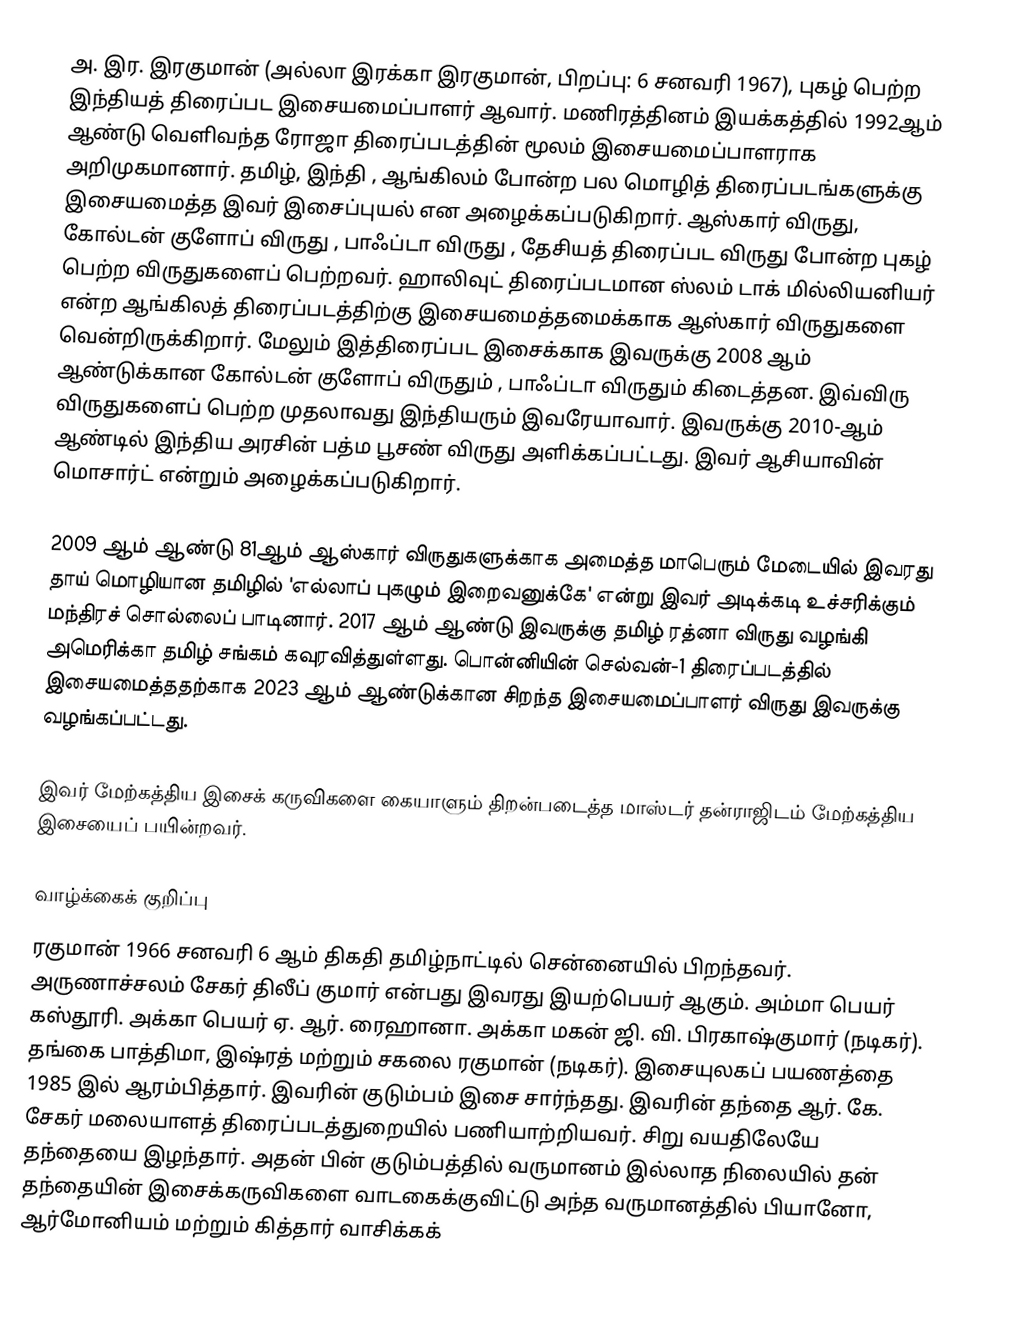
அ. இர. இரகுமான் (அல்லா இரக்கா இரகுமான், பிறப்பு: 6 சனவரி 1967), புகழ் பெற்ற இந்தியத் திரைப்பட இசையமைப்பாளர் ஆவார். மணிரத்தினம் இயக்கத்தில் 1992ஆம் ஆண்டு வெளிவந்த ரோஜா திரைப்படத்தின் மூலம் இசையமைப்பாளராக அறிமுகமானார்.  தமிழ், இந்தி , ஆங்கிலம் போன்ற பல மொழித் திரைப்படங்களுக்கு இசையமைத்த இவர் இசைப்புயல் என அழைக்கப்படுகிறார். ஆஸ்கார் விருது, கோல்டன் குளோப் விருது , பாஃப்டா விருது , தேசியத் திரைப்பட விருது போன்ற புகழ் பெற்ற விருதுகளைப் பெற்றவர். ஹாலிவுட் திரைப்படமான ஸ்லம் டாக் மில்லியனியர் என்ற ஆங்கிலத் திரைப்படத்திற்கு இசையமைத்தமைக்காக ஆஸ்கார் விருதுகளை வென்றிருக்கிறார். மேலும் இத்திரைப்பட இசைக்காக இவருக்கு 2008 ஆம் ஆண்டுக்கான கோல்டன் குளோப் விருதும் , பாஃப்டா விருதும்  கிடைத்தன. இவ்விரு விருதுகளைப் பெற்ற முதலாவது இந்தியரும் இவரேயாவார். இவருக்கு 2010-ஆம் ஆண்டில் இந்திய அரசின் பத்ம பூசண் விருது அளிக்கப்பட்டது. இவர் ஆசியாவின் மொசார்ட் என்றும் அழைக்கப்படுகிறார்.

2009 ஆம் ஆண்டு 81ஆம் ஆஸ்கார் விருதுகளுக்காக அமைத்த மாபெரும் மேடையில் இவரது தாய் மொழியான தமிழில் 'எல்லாப் புகழும் இறைவனுக்கே' என்று இவர் அடிக்கடி உச்சரிக்கும் மந்திரச் சொல்லைப் பாடினார். 2017 ஆம் ஆண்டு இவருக்கு தமிழ் ரத்னா விருது வழங்கி அமெரிக்கா தமிழ் சங்கம் கவுரவித்துள்ளது. பொன்னியின் செல்வன்-1 திரைப்படத்தில் இசையமைத்ததற்காக 2023 ஆம் ஆண்டுக்கான சிறந்த இசையமைப்பாளர் விருது இவருக்கு வழங்கப்பட்டது.

இவர் மேற்கத்திய இசைக் கருவிகளை கையாளும் திறன்படைத்த மாஸ்டர் தன்ராஜிடம் மேற்கத்திய இசையைப் பயின்றவர்.

வாழ்க்கைக் குறிப்பு
ரகுமான் 1966 சனவரி 6 ஆம் திகதி தமிழ்நாட்டில் சென்னையில் பிறந்தவர். அருணாச்சலம் சேகர் திலீப் குமார் என்பது இவரது இயற்பெயர் ஆகும். அம்மா பெயர் கஸ்தூரி. அக்கா பெயர் ஏ. ஆர். ரைஹானா. அக்கா மகன் ஜி. வி. பிரகாஷ்குமார் (நடிகர்). தங்கை பாத்திமா, இஷ்ரத் மற்றும் சகலை ரகுமான் (நடிகர்). இசையுலகப் பயணத்தை 1985 இல் ஆரம்பித்தார். இவரின் குடும்பம் இசை சார்ந்தது. இவரின் தந்தை ஆர். கே. சேகர் மலையாளத் திரைப்படத்துறையில் பணியாற்றியவர். சிறு வயதிலேயே தந்தையை இழந்தார். அதன் பின் குடும்பத்தில் வருமானம் இல்லாத நிலையில் தன் தந்தையின் இசைக்கருவிகளை வாடகைக்குவிட்டு அந்த வருமானத்தில் பியானோ, ஆர்மோனியம் மற்றும் கித்தார் வாசிக்கக்